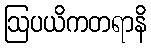
ဩပယိကတရာနိ